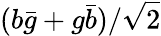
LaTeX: (b{\bar{g}}+g{\bar{b}})/{\sqrt{2}}